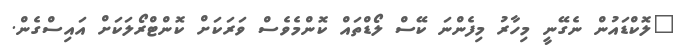
"ލޮކްޑައުން ނެގޭނީ މިހާރު މިފެންނަ ކޭސް ލޯޑްތައް ކޮންމެވެސް ވަރަކަށް ކޮންޓްރޯލަކަށް އައިސްގެން.